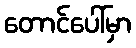
တောင်ပေါ်မှာ